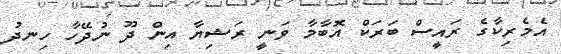
އެމެރިކާގެ ރައީސް ބަރަކް އޮބާމާ ވަނީ ރަޝިޔާ އިން ދޫ ނުދޭހާ ހިނދު